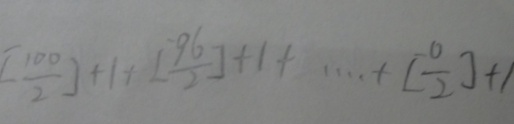
[ \frac { 1 0 0 } { 2 } ] + 1 + [ \frac { 9 6 } { 2 } ] + 1 + \cdots + [ \frac { 0 } { 2 } ] + 1